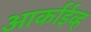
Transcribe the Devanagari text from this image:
आर्काईव्ह